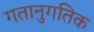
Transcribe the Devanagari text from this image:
गतानुगतिक